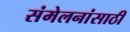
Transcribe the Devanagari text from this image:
संमेलनांसाठी